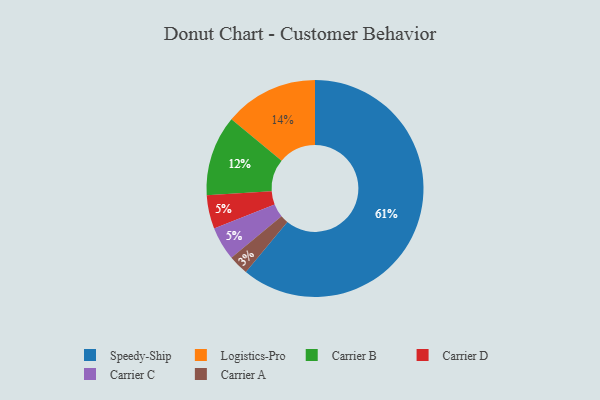
{"axis": {"x": "Category", "y": "Percentage"}, "legend": ["Carrier A", "Carrier B", "Carrier C", "Carrier D", "Logistics-Pro", "Speedy-Ship"], "data": [{"x": "Logistics-Pro", "y": 14, "type": "Logistics-Pro"}, {"x": "Carrier A", "y": 3, "type": "Carrier A"}, {"x": "Carrier B", "y": 12, "type": "Carrier B"}, {"x": "Carrier D", "y": 5, "type": "Carrier D"}, {"x": "Carrier C", "y": 5, "type": "Carrier C"}, {"x": "Speedy-Ship", "y": 61, "type": "Speedy-Ship"}]}